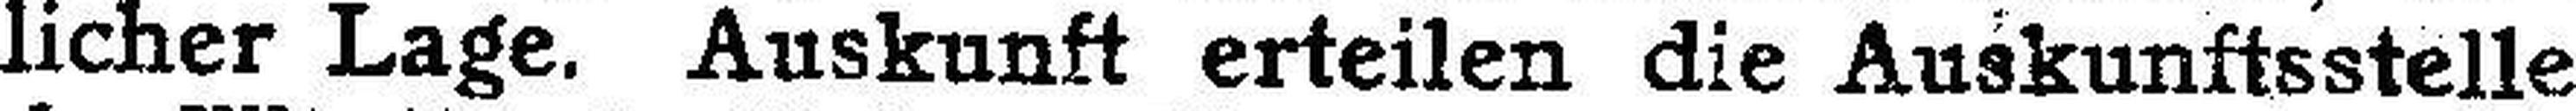
licher Lage. Auskunft erteilen die Auskunftsstelle